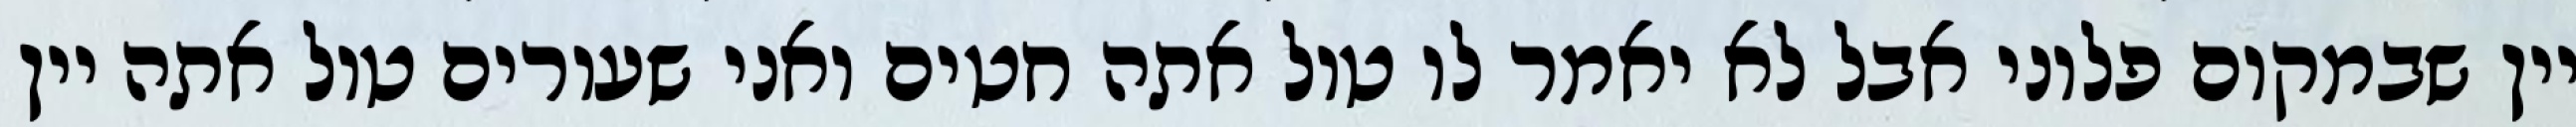
יין שבמקום פלוני אבל לא יאמר לו טול אתה חטים ואני שעורים טול אתה יין